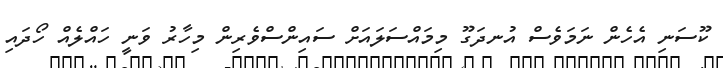
ކޫސަނި އެހެން ނަމަވެސް އުނދަގޫ މިމައްސަލައަށް ސައިންސްވެރިން މިހާރު ވަނީ ހައްލެއް ހޯދައި